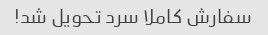
سفارش کاملا سرد تحویل شد!